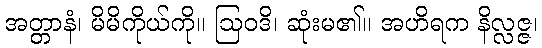
အတ္တာနံ၊ မိမိကိုယ်ကို။ ဩဝဒိ၊ ဆုံးမ၏။ အဟိရက နိလ္လဇ္ဇ၊